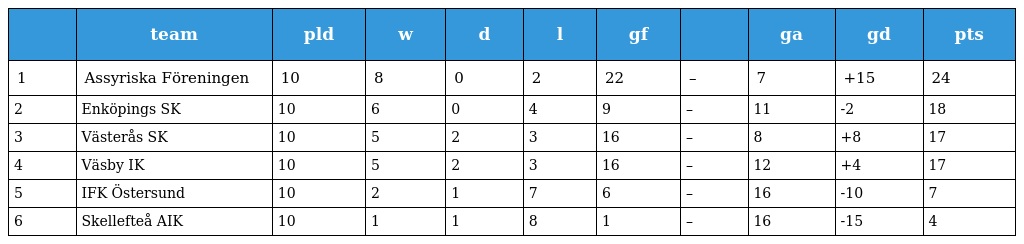
|  | team | pld | w | d | l | gf |  | ga | gd | pts |
 | --- | --- | --- | --- | --- | --- | --- | --- | --- | --- | --- |
 | 1 | Assyriska Föreningen | 10 | 8 | 0 | 2 | 22 | – | 7 | +15 | 24 |
 | 2 | Enköpings SK | 10 | 6 | 0 | 4 | 9 | – | 11 | -2 | 18 |
 | 3 | Västerås SK | 10 | 5 | 2 | 3 | 16 | – | 8 | +8 | 17 |
 | 4 | Väsby IK | 10 | 5 | 2 | 3 | 16 | – | 12 | +4 | 17 |
 | 5 | IFK Östersund | 10 | 2 | 1 | 7 | 6 | – | 16 | -10 | 7 |
 | 6 | Skellefteå AIK | 10 | 1 | 1 | 8 | 1 | – | 16 | -15 | 4 |